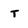
Character: T